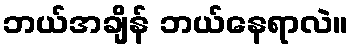
ဘယ်အချိန် ဘယ်နေရာလဲ။